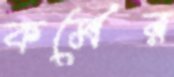
কর্মের